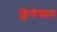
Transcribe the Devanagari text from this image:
फ्लेनेगान